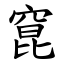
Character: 窤